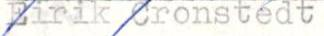
Eirik Cronstedt